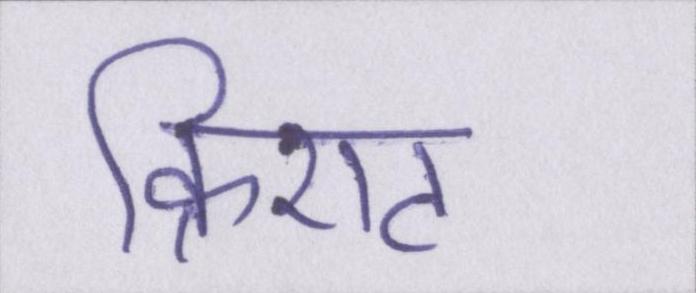
क्रिएट